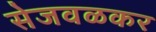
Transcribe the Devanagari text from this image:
सेजवळकर